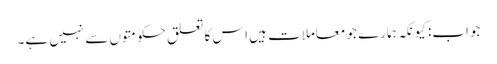
جواب: کیونکہ ہمارے جو معاملات ہیں اس کا تعلق حکومتوں سے نہیں ہے۔